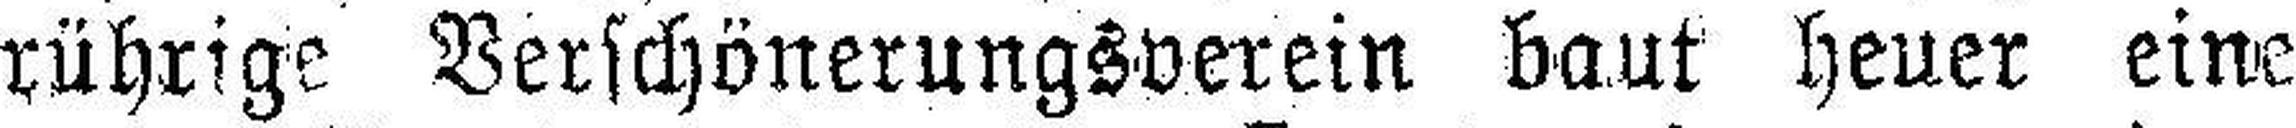
rührige Verschönerungsverein baut heuer eine